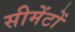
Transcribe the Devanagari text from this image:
सीमेंटों